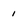
Character: 1